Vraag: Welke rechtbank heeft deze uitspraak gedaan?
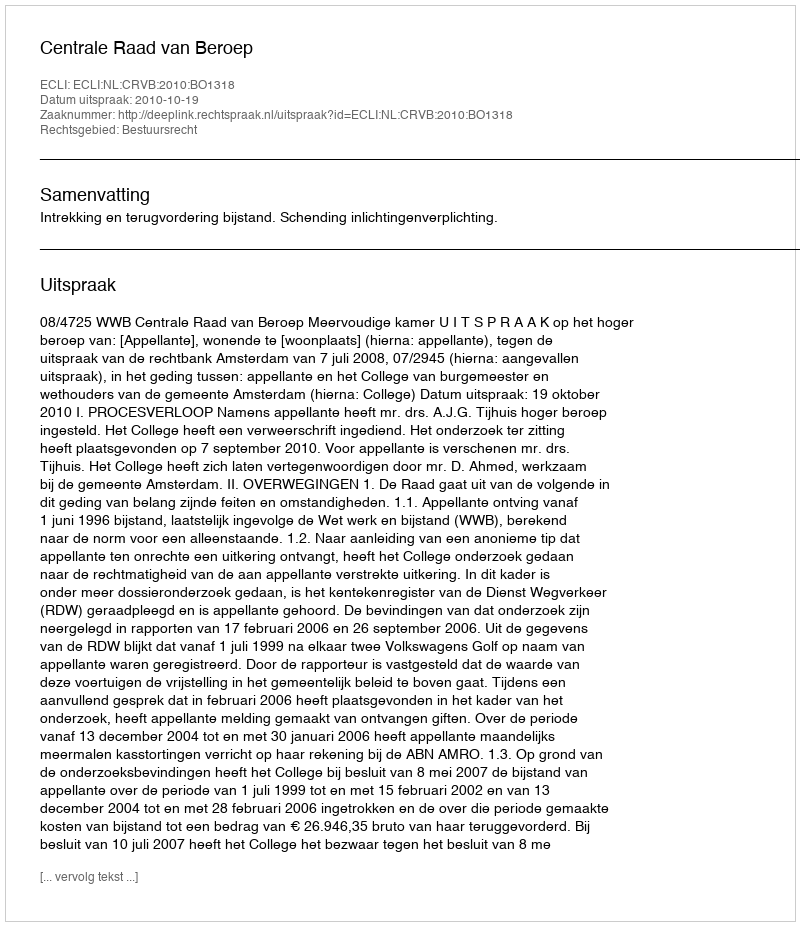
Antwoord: Centrale Raad van Beroep